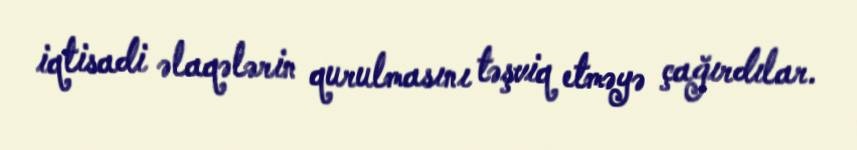
iqtisadi əlaqələrin qurulmasını təşviq etməyə çağırdılar.